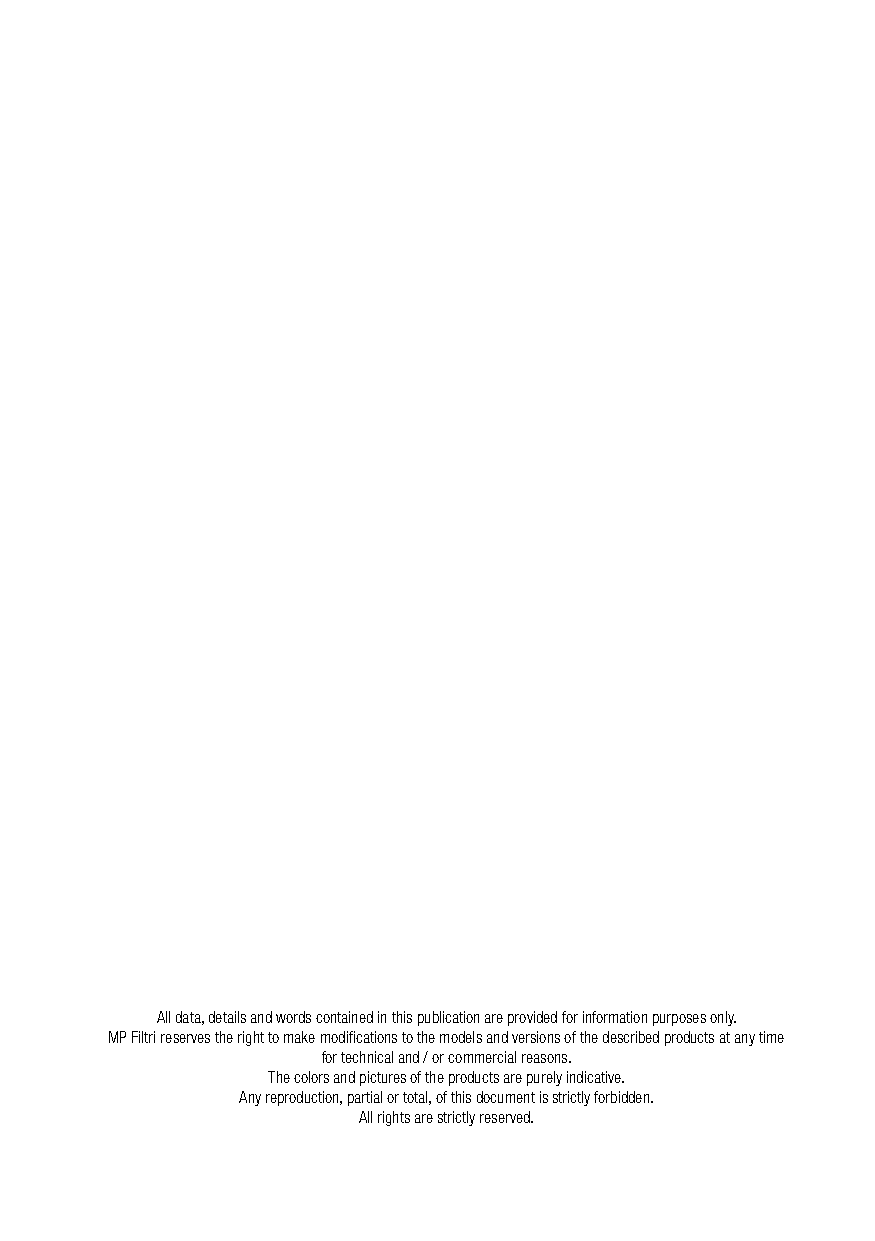
All data, details and words contained in this publication are provided for information purposes only.
 MP Filtri reserves the right to make modifications to the models and versions of the described products at any time
 for technical and / or commercial reasons.
 The colors and pictures of the products are purely indicative.
 Any reproduction, partial or total, of this document is strictly forbidden.
 All rights are strictly reserved.